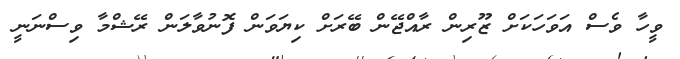
ވީހާ ވެސް އަވަހަކަށް ޒޫރިން ރާއްޖޭން ބޭރަށް ކިޔަވަން ފޮނުވާލަން ރޭޝްމާ ވިސްނަނީ